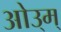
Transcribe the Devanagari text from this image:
ओउ्म्